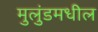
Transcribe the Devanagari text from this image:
मुलुंडमधील